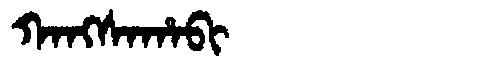
Manchu: ᡴᠠᠩᠰᠠᡥᠠᠪᡳ
Romanization: KANGSAHABI